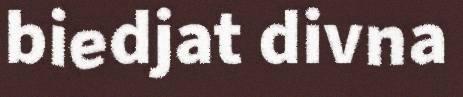
biedjat divna